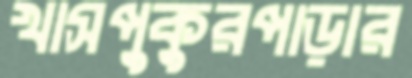
খাসপুকুরপাড়ার